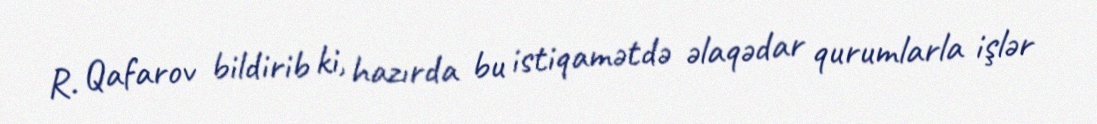
R. Qafarov bildirib ki, hazırda bu istiqamətdə əlaqədar qurumlarla işlər